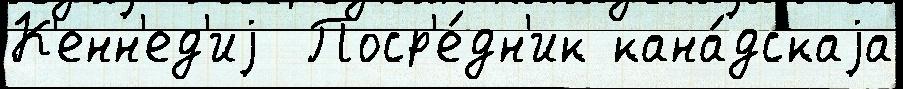
К'енн'ед'иj  Поср'е́дн'ик кана́дскаjа